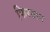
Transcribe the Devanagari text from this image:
फिरतान